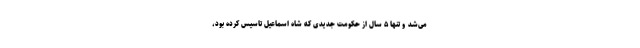
می‌شد و تنها ۵ سال از حکومت جدیدی که شاه اسماعیل تاسیس کرده بود،